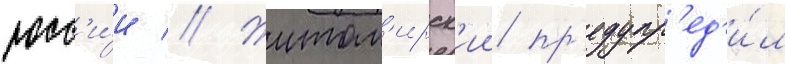
росс'и́и // Житом'ирск'ии пр'едупр'ед'и́л